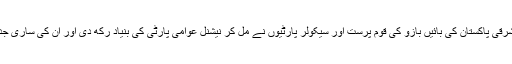
بلوچستان ، سندھ، خیبرپختونخوا اور مشرقی پاکستان کی بائیں بازو کی قوم پرست اور سیکولر پارٹیوں نے مل کر نیشنل عوامی پارٹی کی بنیاد رکھ دی اور ان کی ساری جدوجہد کا محور ون یونٹ کا خاتمہ تھا۔